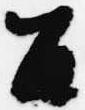
召